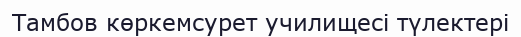
Тамбов көркемсурет училищесі түлектері